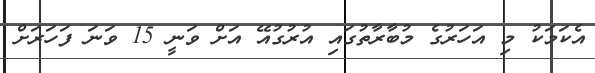
އެކަމަކު މި އަހަރުގެ މުބާރާތުގައި އުރުގުއޭ އަށް ވަނީ 15 ވަނަ ފަހަރަށް